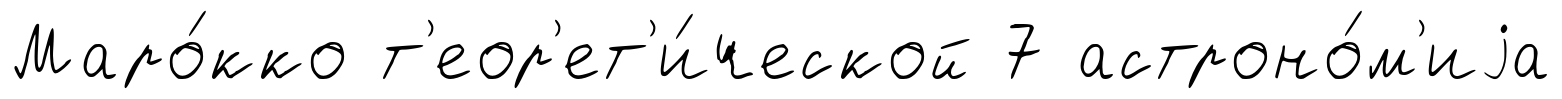
Маро́кко т'еор'ет'и́ческой 7 астроно́м'иjа